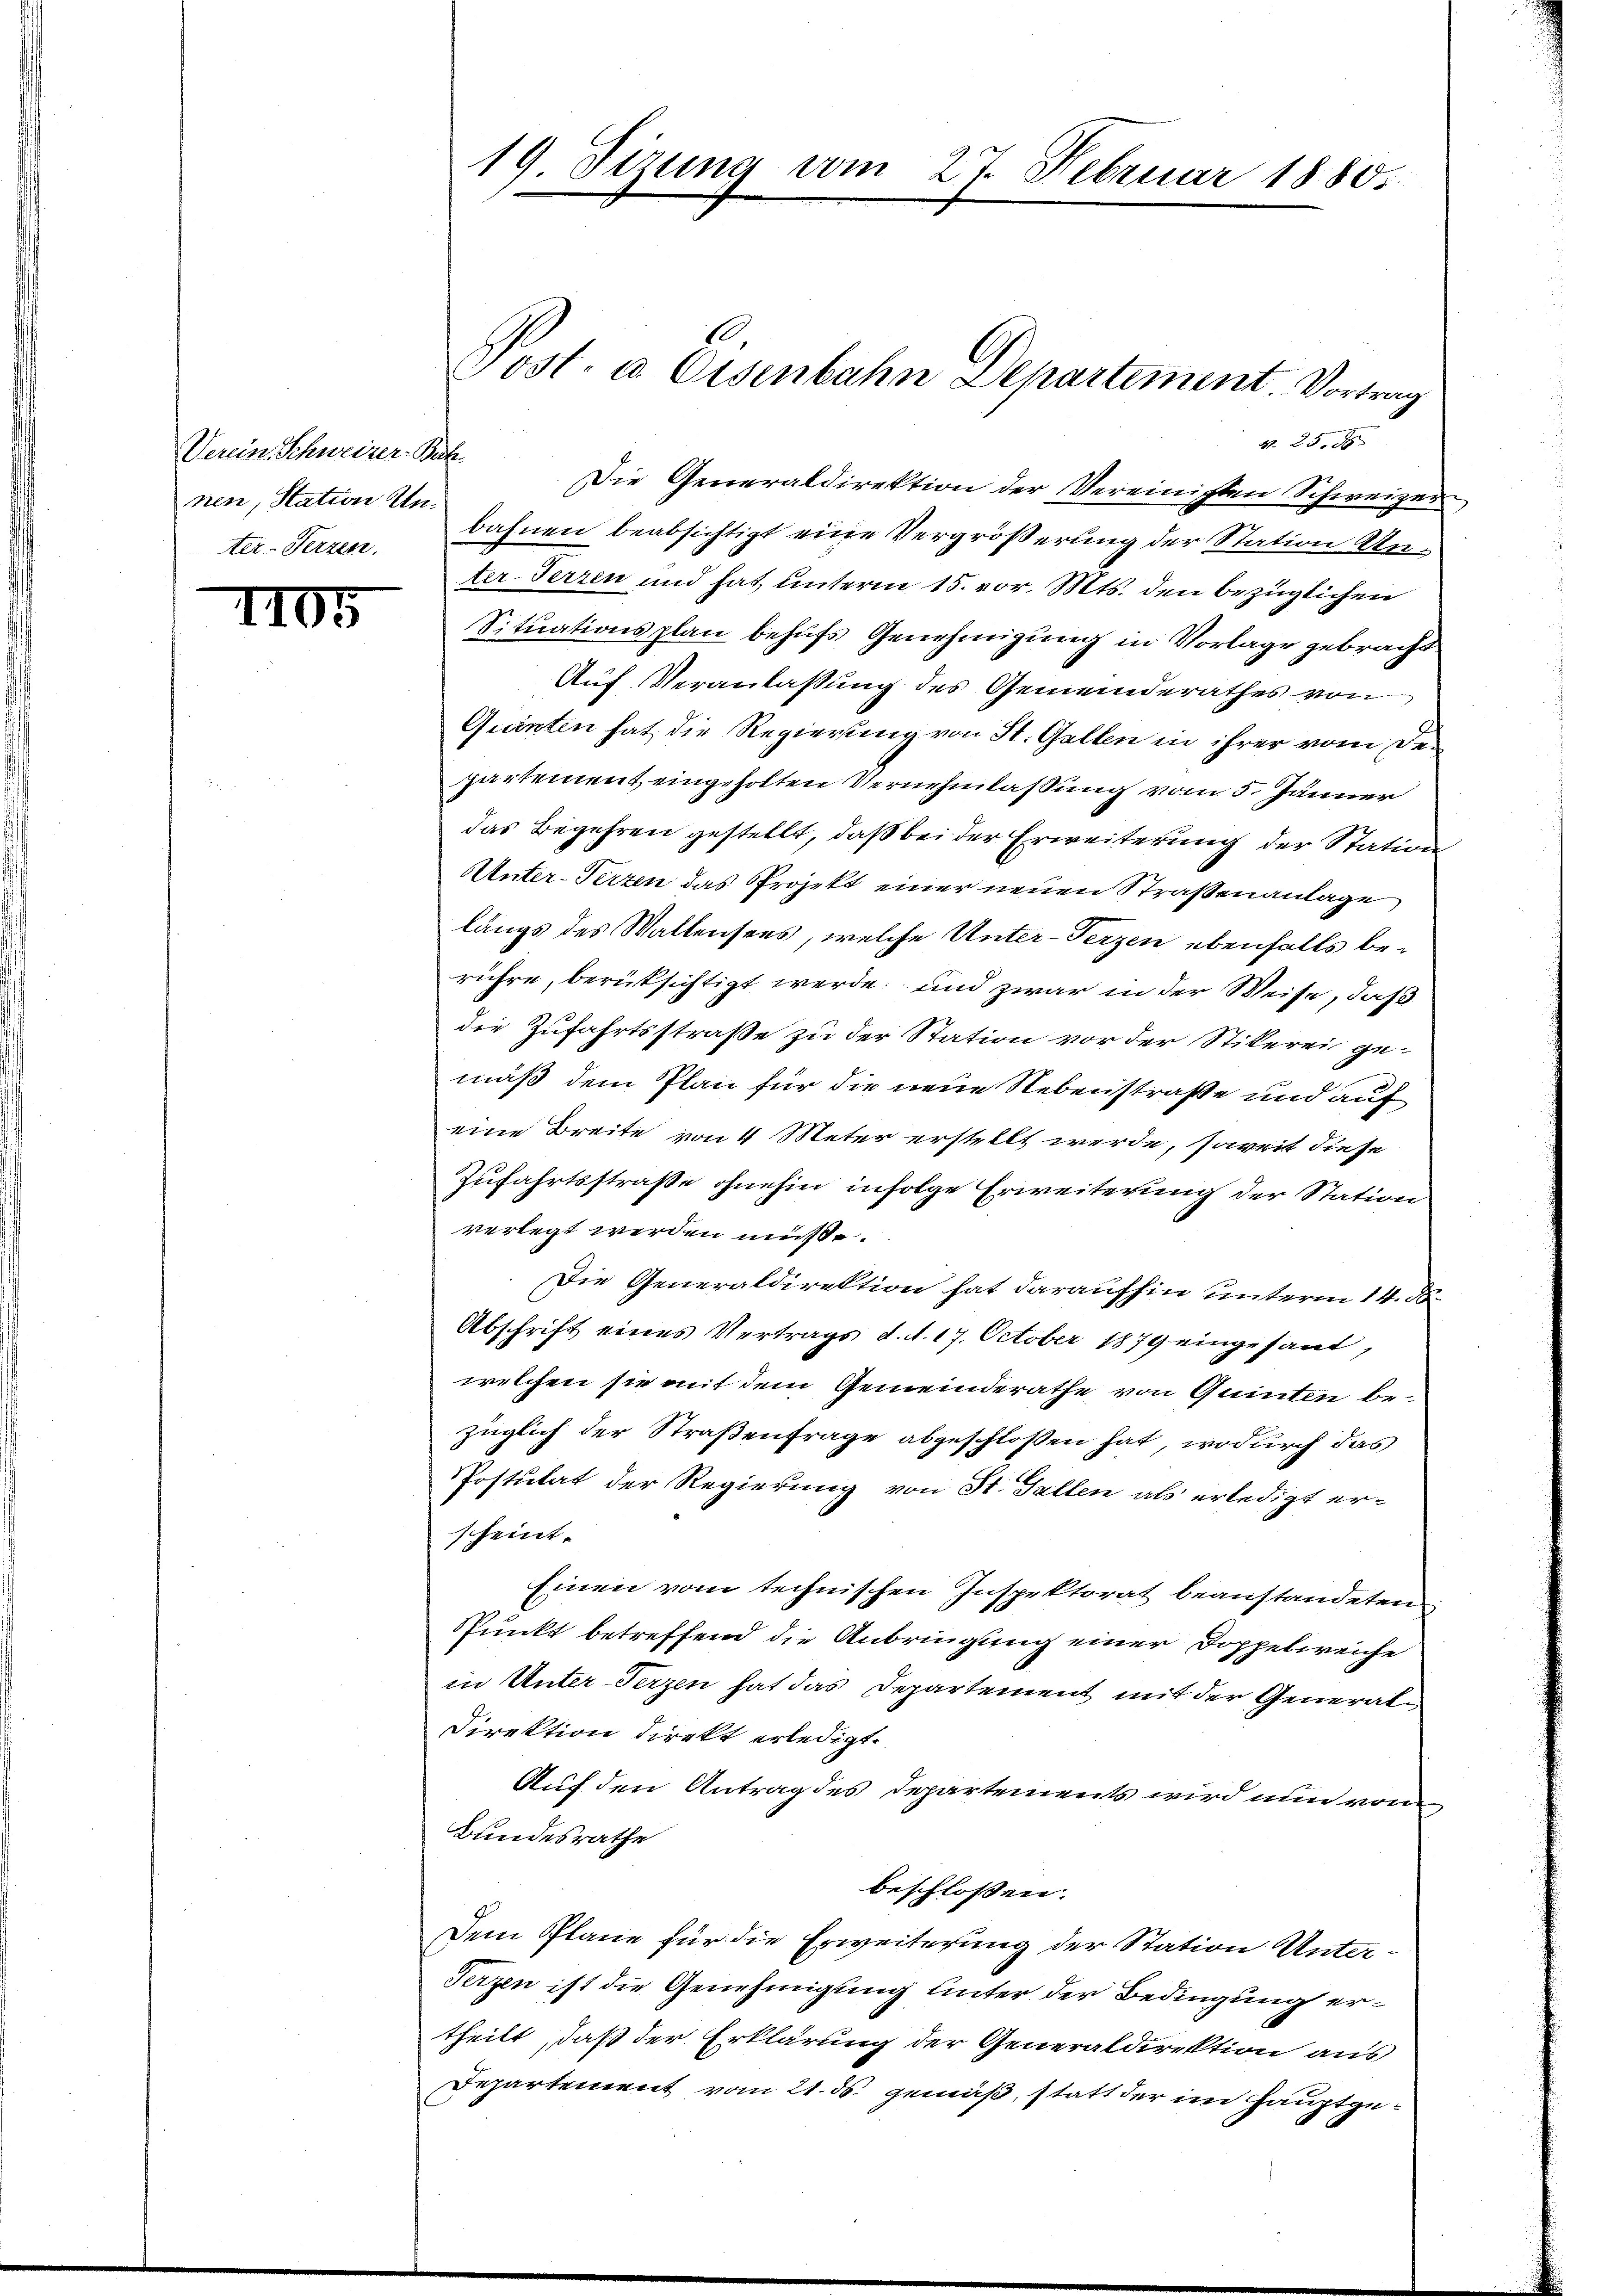
Verein Schweizer-Bah
nen, Station Unter-Terzen.

1105

19. Sizung vom 27. Februar 1880.

k. 25. 8
Die Generaldirektion der Vereinigten Schweizer-
bahnen beabsichtigt eine Vergrößerung der Station Anter-Terren und hat unterm 15. vor. Mts. den bezüglichen
Situationsplan behufs Genehmigung in Vorlage gebracht
Auf Veranlassung des Gemeinderathes von
Quinten hat die Regierung von St. Gallen in ihrer vom Den
partement eingeholten Vernehmlassung vom 5. Jänner
das Begehren gestellt, daß bei der Erweiterung der Station
Unter-Terzen das Projekt einer neuen Straßenanlage
längs des Waltensees, welche Unter-Terzen ebenfalls berühre, berüksichtigt werde; und zwar in der Weise, daß
die Zufahrtsstraße zu der Station vor der Stikerei gemäß dem Plan für die neue Nebenstraße und auf
eine Breite von 4 Meter erstellt werde, soweit diese
Zufahrtsstraße ohnehin infolge Erweiterung der Station
verlegt werden müsse.
Die Generaldirektion hat daraufhin unterm 14. d.
Abschrift eines Vertrags d. d. 17. October 1879 eingesant,
welchen sie mit dem Gemeinderathe von Quinten bezüglich der Straßenfrage abgeschlossen hat, wodurch das
Postulat der Regierung von St. Gallen als erledigt erscheint.
Einen vom technischen Inspektorat beanstandeten
Punkt betreffend die Anbringung einer Doppelreiche
in Unter-Terzen hat das Departement mit der General¬
Direktion direkt erledigt.
Auf den Antrag des Departements wird nun von
Bundesrathe
beschlossen:
Dem Plane für die Erweiterung der Station Unter¬
Terzen ist die Genehmigung unter der Bedingung ertheilt, daß der Erklärung der Generaldirektion aus
Departement vom 21. ds. gemäß, statt der im Hauptge¬

Post. a Eisenbahn Departement. Vortrag